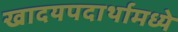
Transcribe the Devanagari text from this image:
खादयपदार्थामध्ये